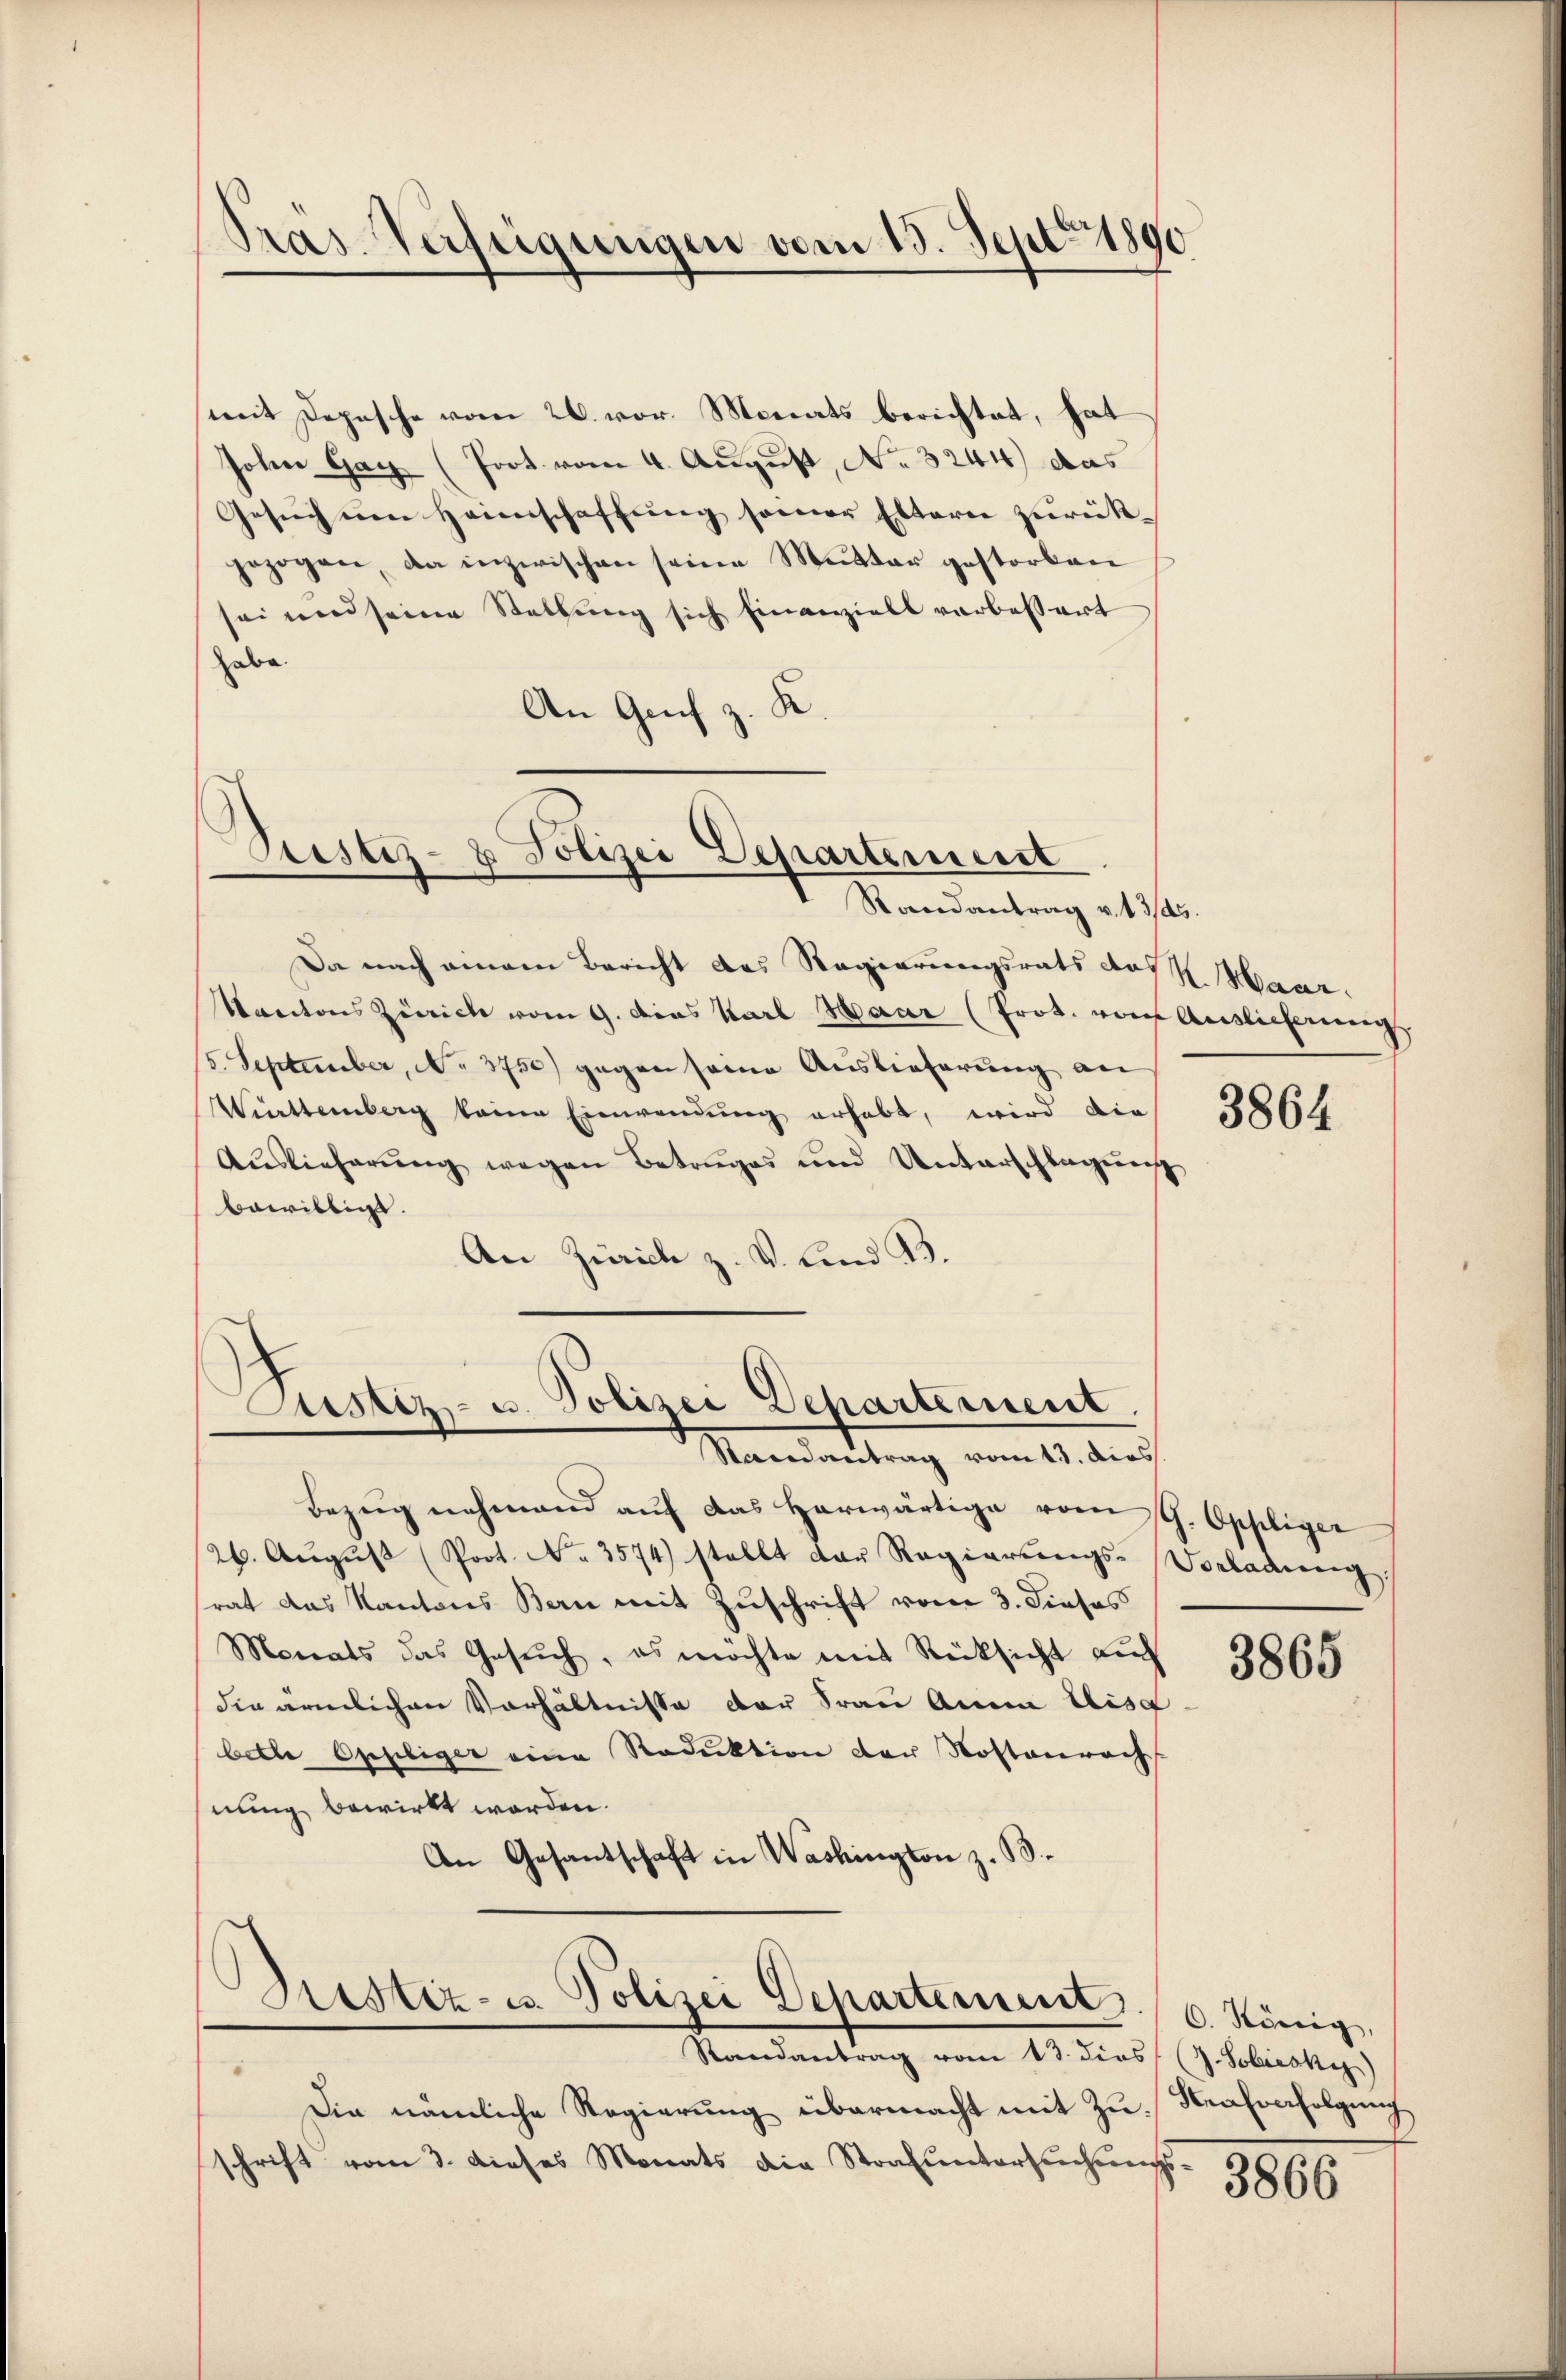
Präs. Verfügungen vom 13. Sept 1890

mit Depesche vom 26. vor. Monats berichtet, hat
Johen Gar (Prot. vom 4. August, No 3244) das
Gesŭch um Heimschaffung seiner Eltern zurückgezogen, da inzwischen seine Mutter gestorben
sei und seine Stellung sich finanzielt verbessert
habe.
An Genf z. K.

Stistiz- & Polizei Departement
I Randantrag v. 1746.

Justiz- u. Polizei Departement
Randvertrag vom 13. dies

Brester- u. Polizei Departement. 6. König,
Randantrag vom 13. dies (s. Sobieske)

Da nach einem Bericht des Regierungsrats des H. Maar¬
Kantons Zürich vom 9. Dies Karl Haar (Prot. von Auslieferung
5. September, No 3750) gegen seine Auslieferung an
Württemberg keine Einwendung erhebt, wird die
Auslieferŭng wegen Betrages und Unterschlagung
bewilligt.
An Zürich z. V. Lind B.

Bezug nehmend auf das herwärtige vom st. Oppliger
26. Aŭgŭst (Poot. No. 3574) stellt der Regierungs-Vorladung:
srat das Kantons Bern mit Zuschrift vom 3. Dieses
Monats das Gesŭch, es möchte mit Rücksicht auf
din ärmlichen Vorhältnisse der Frau Anna Elisa
bette Oppliger eine Reduktion der Kostenrech
hnung bewirkt worden.
An Gesantschaft in Washington z. B.

Die nämliche Regierung übermacht mit Zuschrift vom 3. dieses Monats die Strafŭntersŭchŭngs-

3864

3865

Strafverfolgung

3866